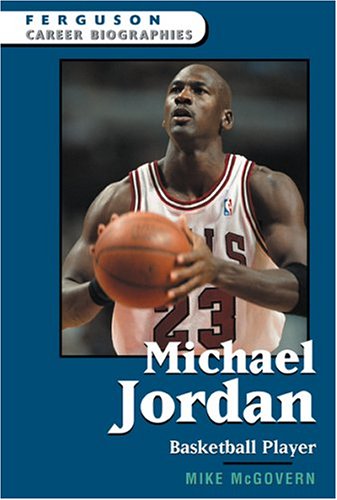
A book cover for Michael Jordan (Ferguson Career Biographies); Mike McGovern; Teen & Young Adult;